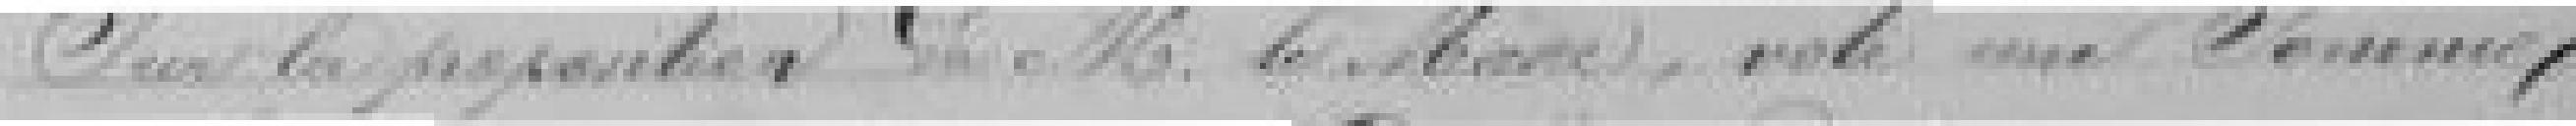
Sur la proposition de Monsieur le Maire, vote une somme